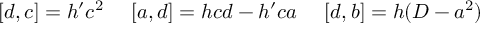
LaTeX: [ d , c ] = h ^ { \prime } c ^ { 2 } \ \ \ \ [ a , d ] = h c d - h ^ { \prime } c a \ \ \ \ [ d , b ] = h ( { \cal D } - a ^ { 2 } )